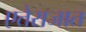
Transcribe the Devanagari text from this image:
एतेराजात